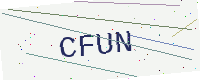
Text: CFUN